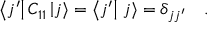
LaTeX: \left< j ^ { \prime } \right| C _ { 1 1 } \left| j \right> = \left< j ^ { \prime } \right| \left. j \right> = \delta _ { j j ^ { \prime } } \quad .